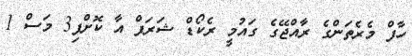
ހާފް މެރެތަންގެ ރާއްޖޭގެ ގައުމީ ރެކޯޑް ޝަރަފް އާ ކޮށްފި3 މަސް 1